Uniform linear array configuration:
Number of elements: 8
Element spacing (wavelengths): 0.25
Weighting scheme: hann
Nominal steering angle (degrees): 0
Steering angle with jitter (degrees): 0.2816
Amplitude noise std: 0.05
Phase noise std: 0.05

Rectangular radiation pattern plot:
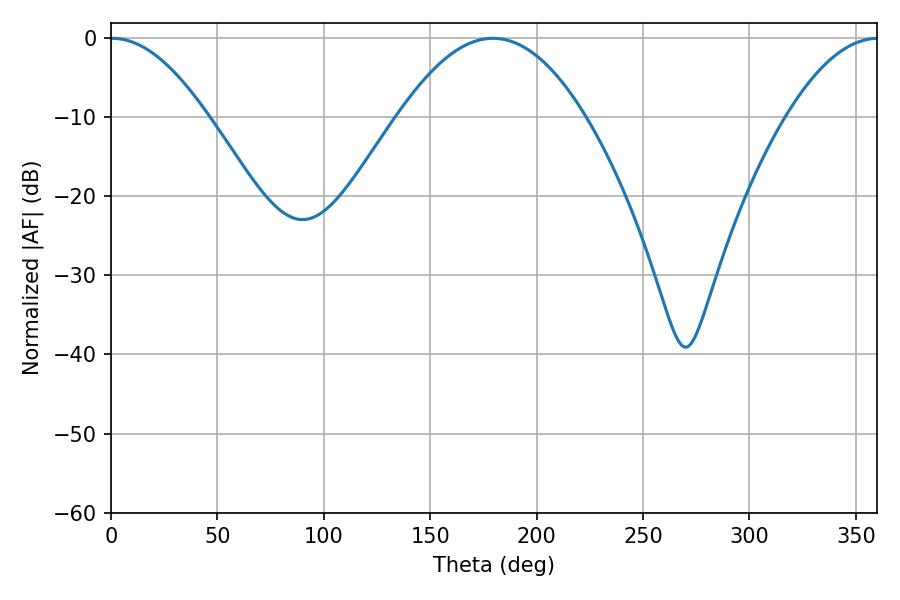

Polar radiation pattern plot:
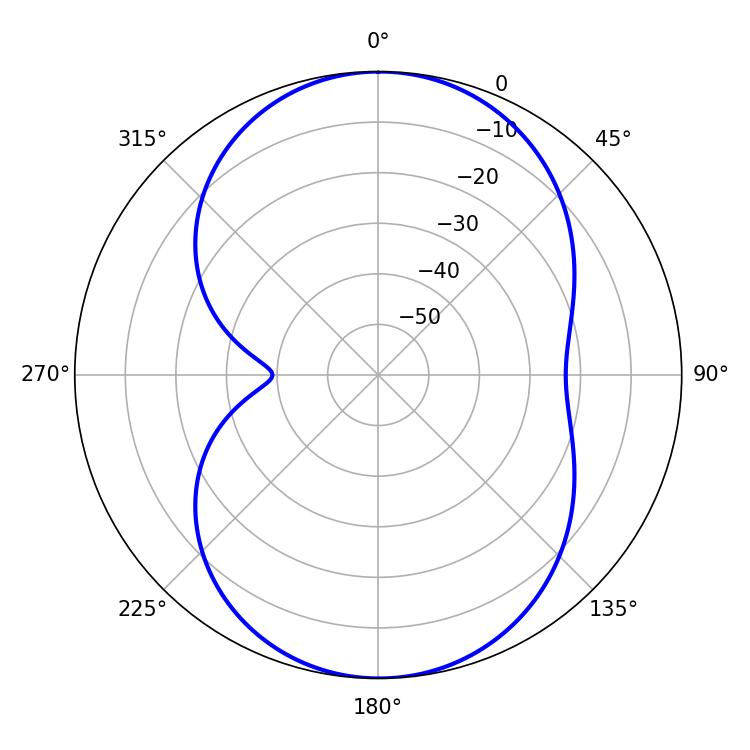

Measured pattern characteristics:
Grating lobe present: FALSE
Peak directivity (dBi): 17.009
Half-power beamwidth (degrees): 24.84
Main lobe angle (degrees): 0.54